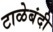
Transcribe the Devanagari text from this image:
टाळेबंदी